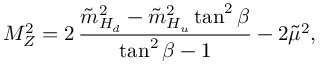
M _ { Z } ^ { 2 } = 2 \, { \frac { \tilde { m } _ { H _ { d } } ^ { 2 } - \tilde { m } _ { H _ { u } } ^ { 2 } \tan ^ { 2 } \beta } { \tan ^ { 2 } \beta - 1 } } - 2 \tilde { \mu } ^ { 2 } ,